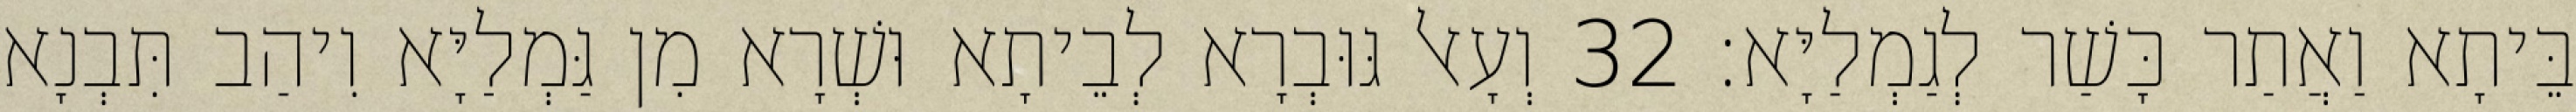
בֵּיתָא וַאֲתַר כָּשַׁר לְגַמְלַיָּא׃ 32 וְעָאל גּוּבְרָא לְבֵיתָא וּשְׁרָא מִן גַּמְלַיָּא וִיהַב תִּבְנָא